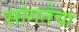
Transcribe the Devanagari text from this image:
सांगतेचा